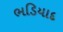
ભડિયાદ